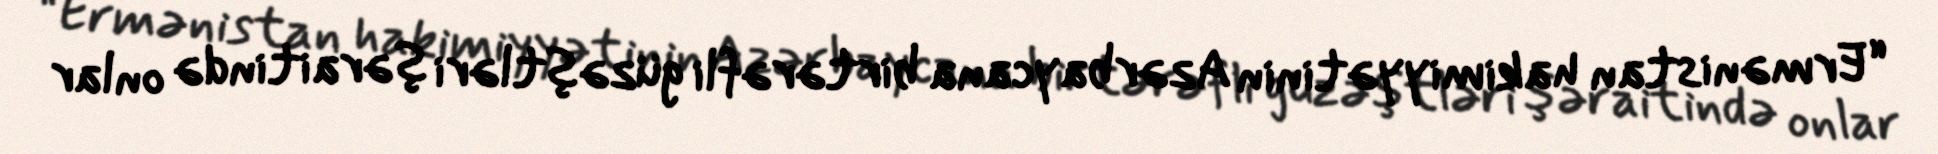
“Ermənistan hakimiyyətinin Azərbaycana birtərəfli güzəştləri şəraitində onlar